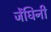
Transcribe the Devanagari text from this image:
जेंघिनी